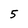
Character: 5